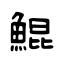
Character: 鯤